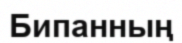
Бипанның